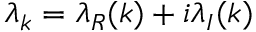
\lambda _ { k } = \lambda _ { R } ( k ) + i \lambda _ { I } ( k )